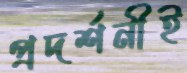
প্রদর্শনীই